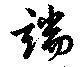
端